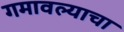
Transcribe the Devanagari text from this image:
गमावल्याचा